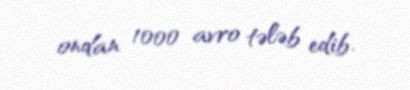
ondan 1000 avro tələb edib.